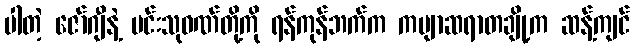
ပါတဲ့ ဇော်ဂျီနဲ့ မင်းသုဝဏ်တို့ကို ရန်ကုန်ဘက်က ကဗျာဆရာတချို့က ဆန့်ကျင်